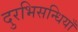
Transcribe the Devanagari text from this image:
दुरभिसन्धियाँ